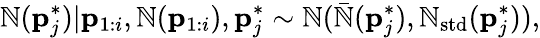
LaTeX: \mathbb{N}(\mathbf{{p}}_{j}^{*})|\mathbf{{p}}_{1:i},\mathbb{N}(\mathbf{{p}}_{1:i}),\mathbf{{p}}_{j}^{*}\sim\mathcal{{\mathbb{N}}}(\bar{{\mathbb{N}}}(\mathbf{{p}}_{j}^{*}),\mathbb{N}_{\mathrm{{std}}}(\mathbf{{p}}_{j}^{*})),